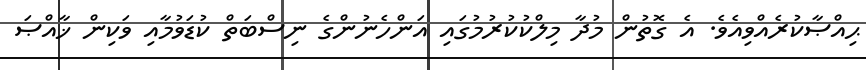
ޙިއްޞާކުރެއްވިއެވެ. އެ ގޮތުން މުދާ މިލްކުކުރުމުގައި އަންހެނުންގެ ނިސްބަތް ކުޑަވުމާއި ވަކިން ޚާއްޞަ